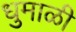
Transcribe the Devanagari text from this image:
धुमाळी